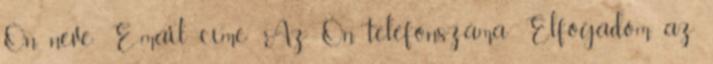
Ön neve: E-mail címe: Az Ön telefonszáma: Elfogadom az